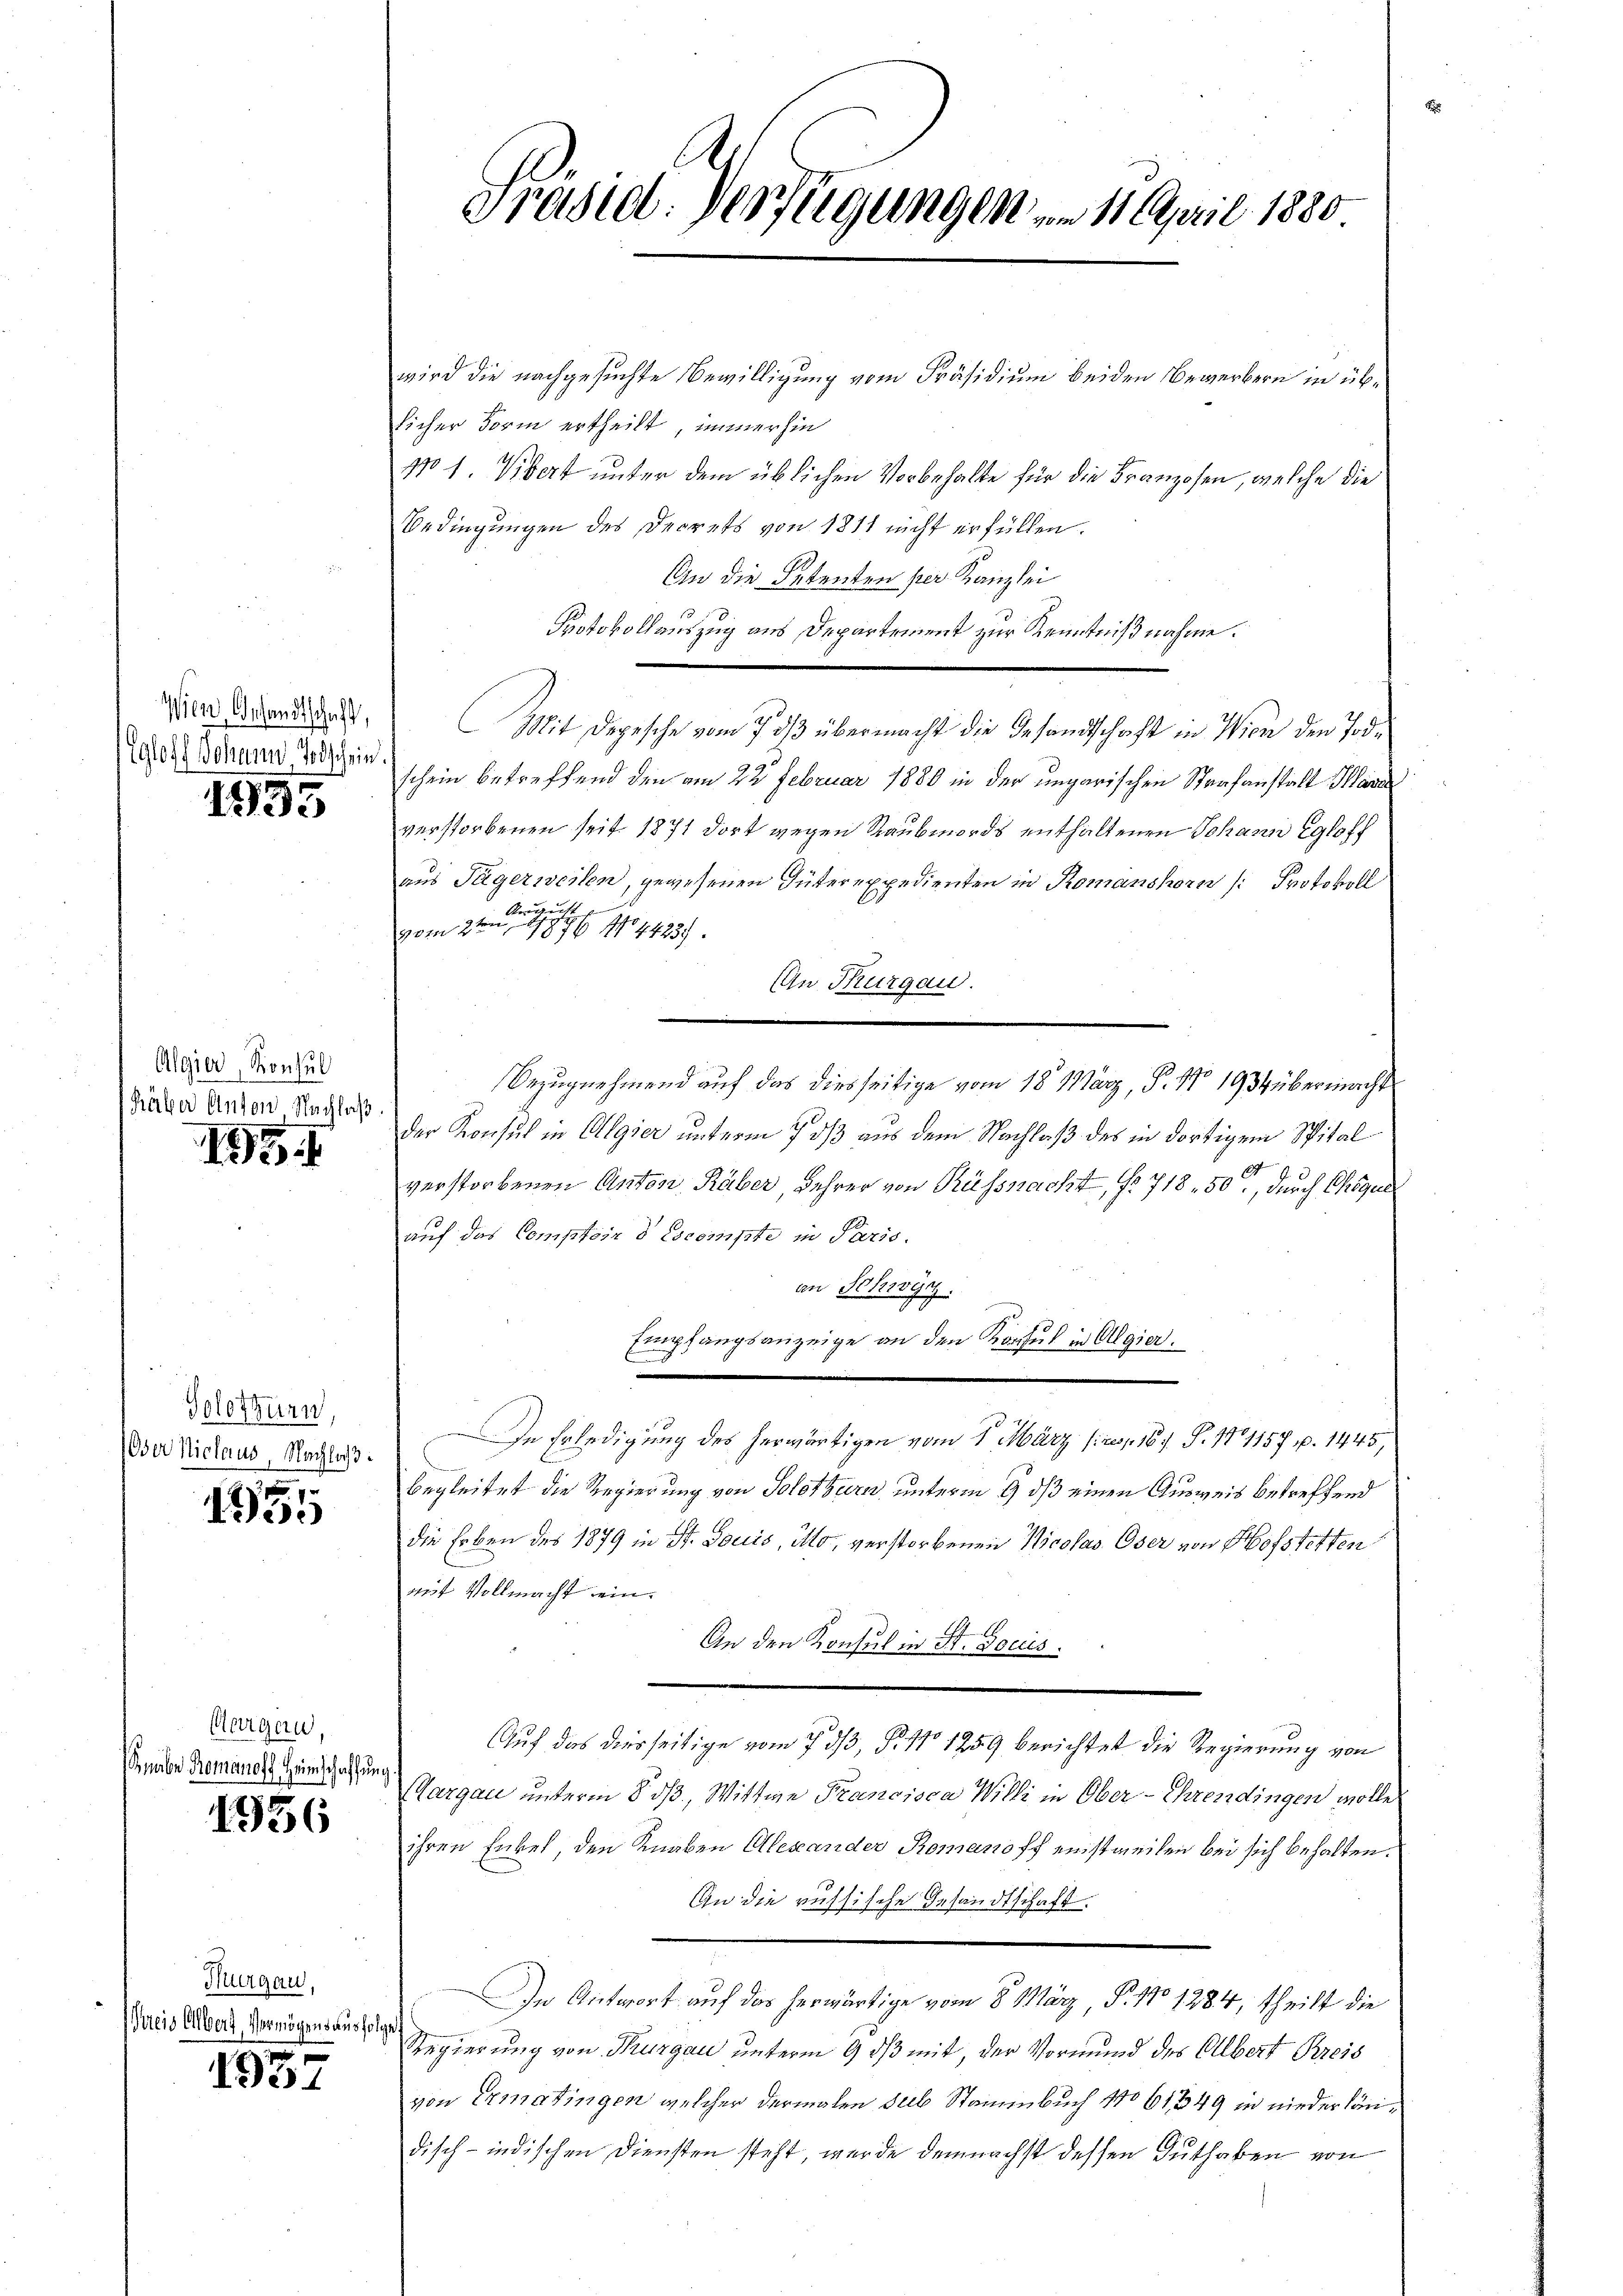
Wien, Gesandtschaft,
Egloff Johann, Todschein

1995

Algier, Sponsul
Häber Anton Nachlaß

195

Solothurn,
(Oser Niclaus, Nachloß.

u
155

Aargau
Knabe Romanoff Heimschaffung

156

Thurgau,
Preis Albert Vermögensausfolge
1

21

Präsid. Verfügungen am 1. April 1880

wird die nachgesuchte Bewilligung vom Präsidium beiden Bewerbern in üblicher Form ertheilt, immerhin
No 1. Viert unter dem üblichen Vorbehalte für die Franzosen, welche die
Bedingungen des Decrets von 1811 nicht erfüllen.
An die Petenten per Kanzlei
Protokollauszug aus Departement zur Kenntnißnahme.
Mit Depesche vom 7. dβ übermacht die Gesandtschaft in Wien den Todschein betreffend den am 22 Februar 1880 in der ungarischen Strafanstalt Kara
verstorbenen seit 1871 dort wegen Raubmords enthaltenen Johann Egloff
aus Jägerweilen, gewesenen Güterexpedienten in Romanshorn /: Protokoll
August
vom 2ten 1876 No 44237.
An Thurgau.
Bezugnehmend auf das diesseitige vom 18. März, P. Nr. 1934 übermacht
der Konsul in Algier unterm 7 dß aus dem Nachlaß des in dortigem Spital
1
 3
verstorbenen Anton Räber, Lehrer von Küssnacht, f. 718. 50, durch Chique
auf das Comptoir d Escompte in Paris.
an Schwyz.
Empfangsanzeige an den Konsul in Algier.
.
In Erledigung des herwärtigen vom 1. März (2, 167 S. 11157 p. 1445,
begleitet die Regierung von Solothurn unterm 9. ds einen Ausweis betreffend
die Erben des 1879 in St. Louis, ito, verstorbenen Nicolas. Oser von Hofstetten
mit Vollmacht ein.
G.
xx
An den Konsul in Sr. Docus.
Auf das diesseitige vom 7 dß, P. No 1259 berichtet die Regierung von
Aargau unterm 8. ds., Wittwe Francisca Willi in Ober-Ehrendingen wolle
ihren Enkel den Knaben Alexander Romanoff einstweilen bei sich behalten.
An die russische Gesandtschaft.
In Antwort auf das herwärtige vom 8. März P. 170 1284, theilt die
Regierung von Thurgau unterm 9 ds mit, der Vormund des Albert Kreis
von Ermatingen welcher dermalen sub Stammbuch No 61849 in niederländisch-indischen Diensten steht, wurde demnächst dessen Guthaben von